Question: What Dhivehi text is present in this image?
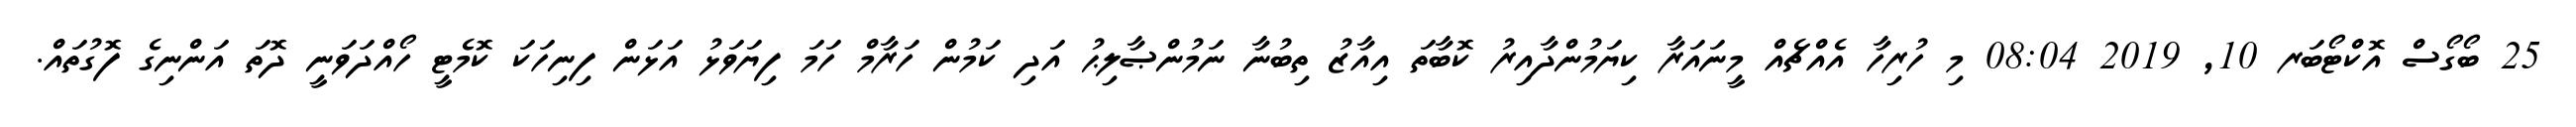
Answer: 25 ބޯގޯސް އޮކްޓޯބަރ 10, 2019 08:04 މި ހުރިހާ އެއްޗެއް މީނައަރާ ކިޔަމުންދާއިރު ކޮބާތަ އިއާޒު ތިބުނާ ނަމުންޞާލިޙު އަދި ކަމުން ހަރާމް ހަމަ ފިޔަވަޅު އަޅަން ފިނިހަކަ ކޮމެޓީ ހޯއްދަވަނީ ދޮތަ އަންނިގެ ފޮގުތައް.